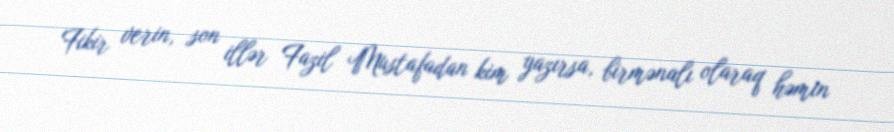
Fikir verin, son illər Fazil Mustafadan kim yazırsa, birmənalı olaraq həmin